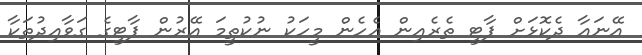
އޭނައާ ދެކޮޅަށް ޕާޓީ ތެރެއިން އެހެން މީހަކު ނުކުތީމަ އޭރުން ޕާޓީގެ ގަވާއިދުތަކާ